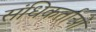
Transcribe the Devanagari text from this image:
संधिकर्ताओं